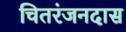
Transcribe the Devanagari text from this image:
चितरंजनदास